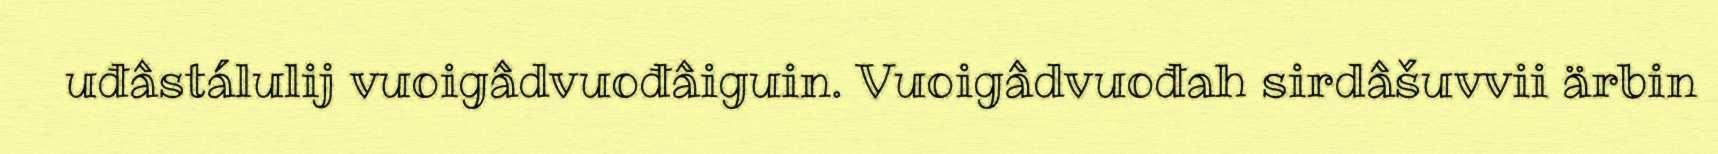
uđâstálulij vuoigâdvuođâiguin. Vuoigâdvuođah sirdâšuvvii ärbin